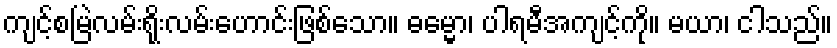
ကျင့်စမြဲလမ်းရိုးလမ်းဟောင်းဖြစ်သော။ ဓမ္မော၊ ပါရမီအကျင့်ကို။ မယာ၊ ငါသည်။